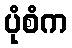
ပုံစံက